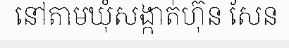
នៅតាមឃុំសង្កាត់ហ៊ុន សែន